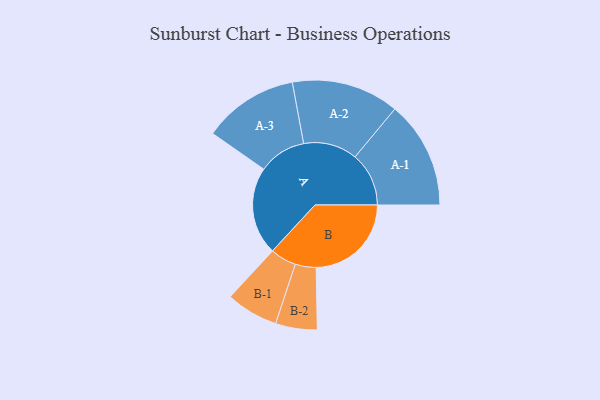
{"axis": {"x": "Segment", "y": "Value"}, "legend": ["", "A", "B"], "data": [{"x": "A", "y": 461, "type": ""}, {"x": "B", "y": 499, "type": ""}, {"x": "A-1", "y": 282, "type": "A"}, {"x": "A-2", "y": 282, "type": "A"}, {"x": "A-3", "y": 250, "type": "A"}, {"x": "B-1", "y": 137, "type": "B"}, {"x": "B-2", "y": 109, "type": "B"}]}